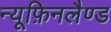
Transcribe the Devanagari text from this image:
न्यूफ़िनलैण्ड